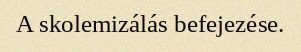
A skolemizálás befejezése.